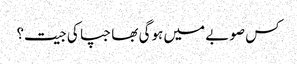
کس صوبے میں ہوگی بھاجپا کی جیت؟